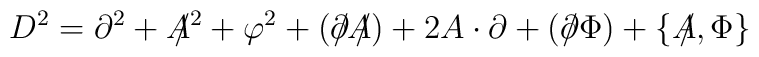
D^{2}=\partial^{2}+A\!\!\!/^{2}+\varphi^{2}+(\partial\!\!\!/A\!\!\!/)+2A\cdot\partial+(\partial\!\!\!/\Phi)+\{A\!\!\!/,\Phi\}